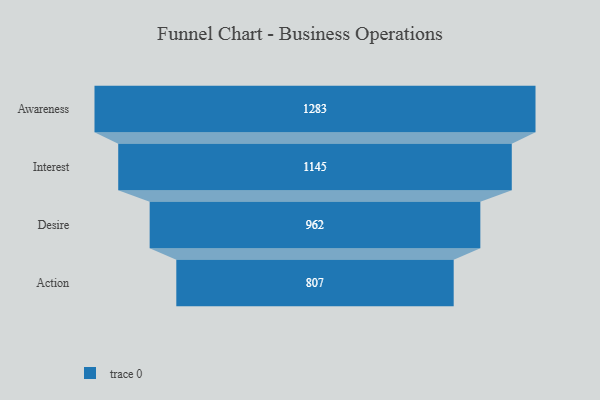
{"axis": {"x": "Stage", "y": "Value"}, "legend": [""], "data": [{"x": "Awareness", "y": 1283.0, "type": ""}, {"x": "Interest", "y": 1145.0, "type": ""}, {"x": "Desire", "y": 962.0, "type": ""}, {"x": "Action", "y": 807.0, "type": ""}]}